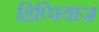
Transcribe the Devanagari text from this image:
हिप्पियाज़